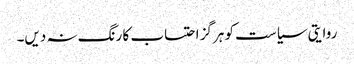
روایتی سیاست کو ہرگز احتساب کا رنگ نہ دیں۔